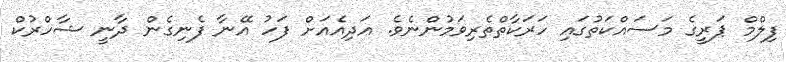
ފިލްމް ޕަރީގެ މަސައްކަތުގައި ހަރަކާތްތެރިވަމުންނެވެ. އަދިއެއަށް ފަހު އޭނާ ފެނިގެން ދާނީ ޝާހްރުކް